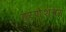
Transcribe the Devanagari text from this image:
हर्णेश्वर